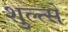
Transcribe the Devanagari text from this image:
शुल्त्से